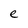
Character: e